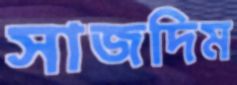
সাজদিম